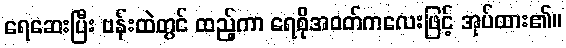
ရေဆေးပြီး ဗန်းထဲတွင် ထည့်ကာ ရေစိုအဝတ်ကလေးဖြင့် အုပ်ထား၏။